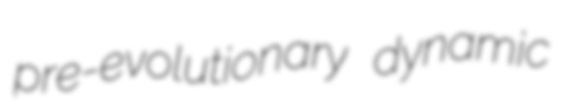
pre-evolutionary dynamic